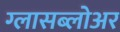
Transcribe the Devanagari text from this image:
ग्लासब्लोअर